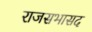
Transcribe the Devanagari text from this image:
राजसभासद